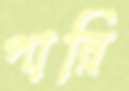
পান্নি